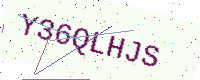
Text: Y36QLHJS